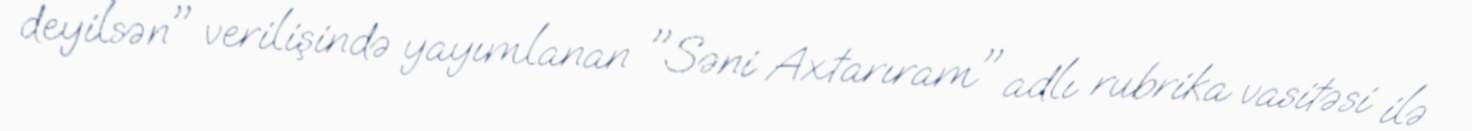
deyilsən" verilişində yayımlanan "Səni Axtarıram" adlı rubrika vasitəsi ilə